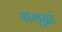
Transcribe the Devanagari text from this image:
समुद्रां